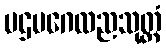
ပဌမဂေလညသုတ္တံ